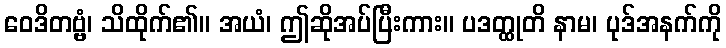
ဝေဒိတဗ္ဗံ၊ သိထိုက်၏။ အယံ၊ ဤဆိုအပ်ပြီးကား။ ပဒတ္ထုတိ နာမ၊ ပုဒ်အနက်ကို